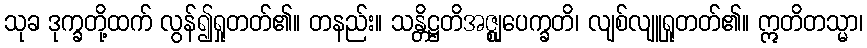
သုခ ဒုက္ခတို့ထက် လွန်၍ရှုတတ်၏။ တနည်း။ သန္တိဋ္ဌတိအဇ္ဈုပေက္ခတိ၊ လျစ်လျူရှုတတ်၏။ ဣတိတသ္မာ၊